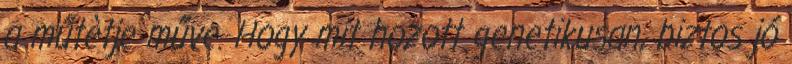
a műtètje műve. Hogy mit hozott genetikusan, biztos jó